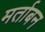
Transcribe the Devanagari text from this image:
मर्ताबन